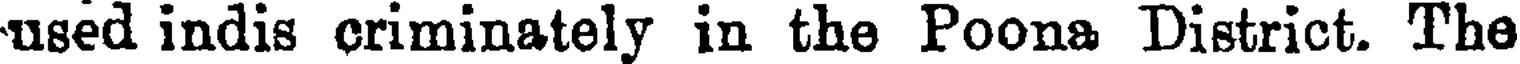
used indis criminately in the Poona District. The